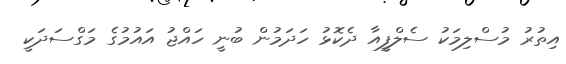
އިތުރު މުސްލިމަކު ސެލްފީއާ ދެކޮޅު ހަދަމުން ބުނީ ހައްޖު އައުމުގެ މަގްސަދަކީ